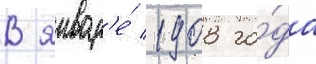
В январ'е́ 1908 го́да